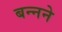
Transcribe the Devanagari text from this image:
बन्नने